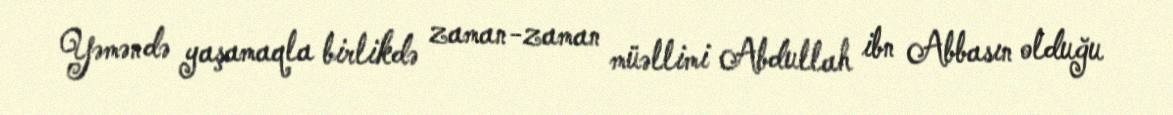
Yəməndə yaşamaqla birlikdə zaman-zaman müəllimi Abdullah ibn Abbasın olduğu